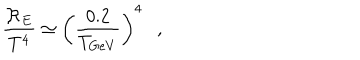
LaTeX: \frac { { \cal R } _ { E } } { T ^ { 4 } } \simeq \left( \frac { 0 . 2 } { T _ { G e V } } \right) ^ { 4 } ,